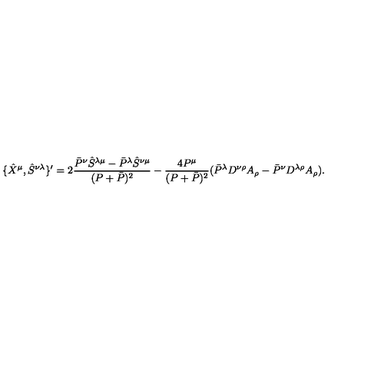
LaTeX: \{ \hat { X } ^ { \mu } , \hat { S } ^ { \nu \lambda } \} ^ { \prime } = 2 \frac { \bar { P } ^ { \nu } \hat { S } ^ { \lambda \mu } - \bar { P } ^ { \lambda } \hat { S } ^ { \nu \mu } } { ( P + \bar { P } ) ^ { 2 } } - \frac { 4 P ^ { \mu } } { ( P + \bar { P } ) ^ { 2 } } ( \bar { P } ^ { \lambda } D ^ { \nu \rho } A _ { \rho } - \bar { P } ^ { \nu } D ^ { \lambda \rho } A _ { \rho } ) . \nonumber \,